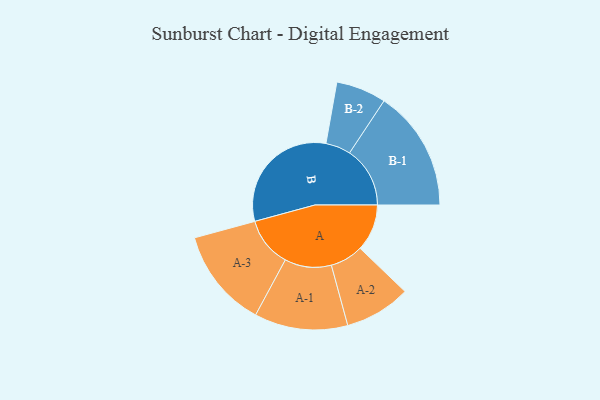
{"axis": {"x": "Segment", "y": "Value"}, "legend": ["", "A", "B"], "data": [{"x": "A", "y": 187, "type": ""}, {"x": "B", "y": 492, "type": ""}, {"x": "A-1", "y": 186, "type": "A"}, {"x": "A-2", "y": 132, "type": "A"}, {"x": "A-3", "y": 198, "type": "A"}, {"x": "B-1", "y": 241, "type": "B"}, {"x": "B-2", "y": 100, "type": "B"}]}